Leaving Certificate Examination, 1905
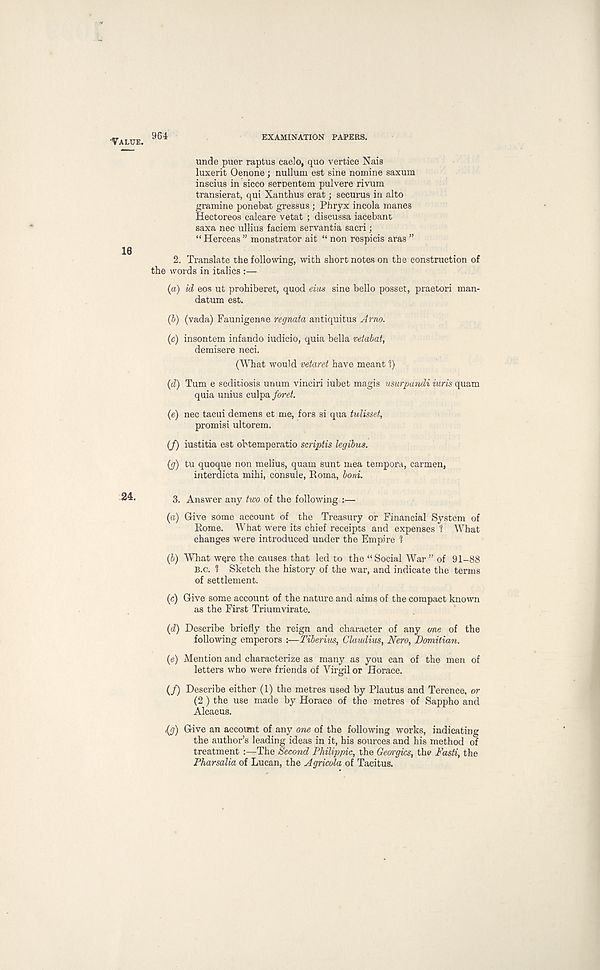
964
EXAMINATION PAPERS.
unde puer raptus caelo, quo vertice Nais
luxerit Oenone; nullum est sine nomine saxum
inscius in sicco sernentem pulvere rivum
transierat, qui Xanthus erat; securus in alto
gramine ponebat gressus ; Phryx incola manes
Hectoreos calcare vetat ; discussa iacebant
saxa nee ullius faciem servantia sacri;
“Herceas ” monstrator ait “ non respicis aras ”
2. Translate the following, with short notes on the construction of
the words in italics :—
(а) id eos ut prohiberet, quod eius sine bello posset, praetori man-
datum est.
(б) (vada) Faunigenae regnata antiquitus Arno.
(c) insontem infando iudicio, quia bella vetabat,
demisere neci.
(What would vetaret have meant V)
(d) Turn e seditiosis unum vinciri iubet magis usurpandi iuris quam
quia unius culpa ford.
(e) nec tacui demens et me, fors si qua tulisset,
promisi ultorem.
(f) iustitia est obtemperatio scriptis legibus.
(g) tu quoque non melius, quam sunt mea tempora, carmen,
interdicta mihi, console, Roma, boni.
3. Answer any two of the following :—
(a) Give some account of the Treasury or Financial System of
Rome. What were its chief receipts and expenses ? What
changes were introduced under the Empire ?
(1) What were the causes that led to the “Social War” of 91-88
B.c. 1 Sketch the history of the war, and indicate the terms
of settlement.
(c) Give some account of the nature and aims of the compact known
as the First Triumvirate.
(d) Describe briefly the reign and character of any (me of the
following emperors :—Tiberius, Claudius, Nero, Domitian.
(e) Mention and characterize as many as you can of the men of
letters who were friends of Virgil or Horace.
(/) Describe either (1) the metres used by Plautus and Terence, or
(2 ) the use made by Horace of the metres of Sappho and
Alcaeus.
(g) Give an account of any one of the following works, indicating
the author’s leading ideas in it, his sources and his method of
treatment :—The Second Philippic, the Georgies, the Fasti, the
Pharsalia of Lucan, the Agricola of Tacitus.